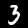
Label: 3